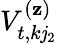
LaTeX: V_{t,k\mathit{j}_{2}}^{(\mathbf{z})}